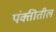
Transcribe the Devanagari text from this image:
पंक्तीतील